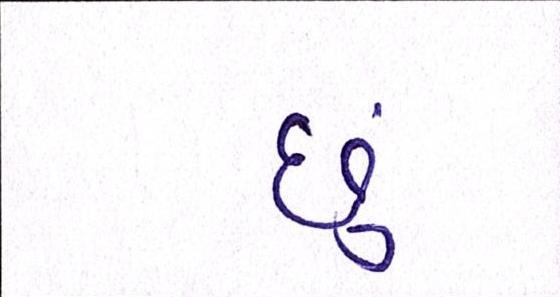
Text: છું